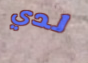
لدي